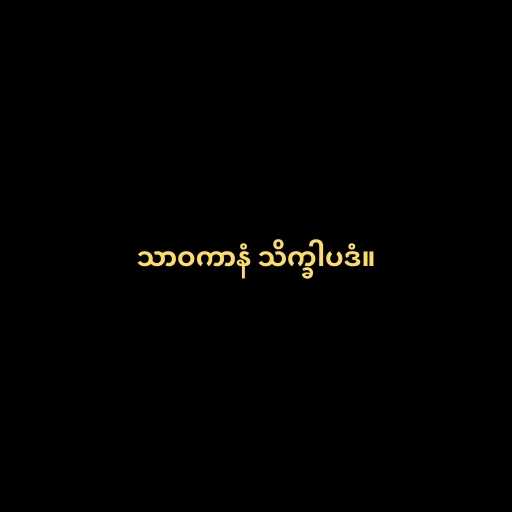
သာဝကာနံ သိက္ခါပဒံ။